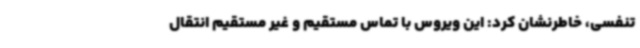
تنفسی، خاطرنشان کرد: این ویروس با تماس مستقیم و غیر مستقیم انتقال